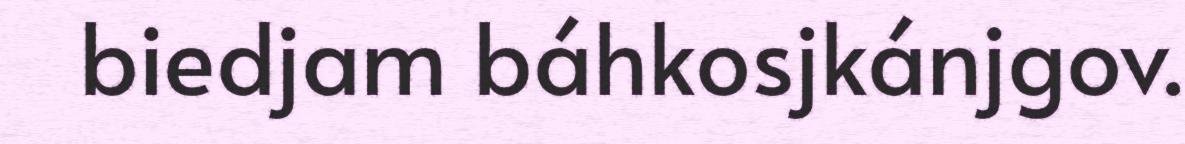
biedjam báhkosjkánjgov.